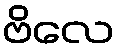
ဗိလေ